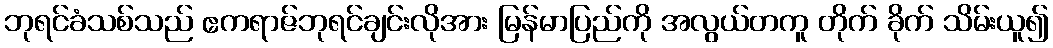
ဘုရင်ခံသစ်သည် ဧကရာဇ်ဘုရင်ချင်းလိုအား မြန်မာပြည်ကို အလွယ်တကူ တိုက် ခိုက် သိမ်းယူ၍